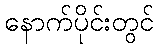
နောက်ပိုင်းတွင်